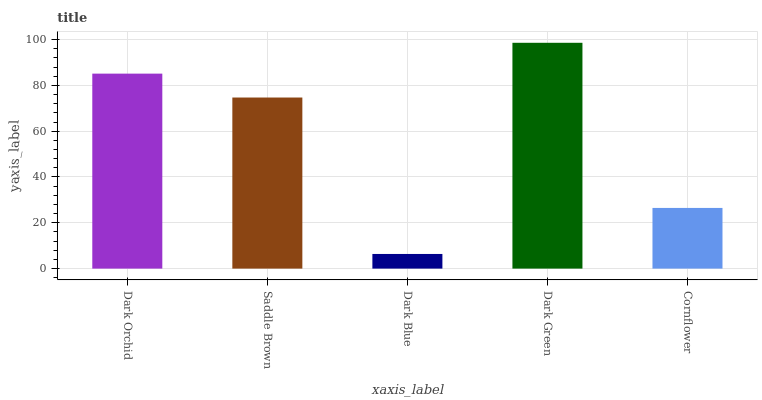
| xaxis_label | bars |
 | --- | --- |
 | Dark Orchid | 85.1 |
 | Saddle Brown | 74.7 |
 | Dark Blue | 6.39 |
 | Dark Green | 98.6 |
 | Cornflower | 26.5 |